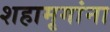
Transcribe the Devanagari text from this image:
शहामृगांना